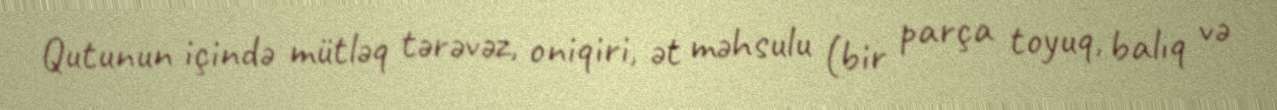
Qutunun içində mütləq tərəvəz, oniqiri, ət məhsulu (bir parça toyuq, balıq və